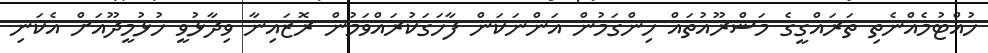
ހުއްޓުމެއްނެތި ތަރައްޤީގެ މަޝްރޫއުތައް ހިންގަމުން އަންނަކަން ފާހަގަކުރައްވަމުން ރޮޒައިނާ ވިދާޅުވީ ހުޅުމީދޫއަށް އެކަނި